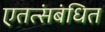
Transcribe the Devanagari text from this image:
एतत्संबंधित